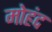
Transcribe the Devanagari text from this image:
मोहंद